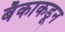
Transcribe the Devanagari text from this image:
बँकाकडून